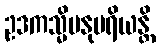
ဥဒကသ္မိမနုပရိယန္တိ